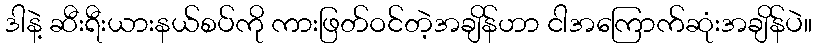
ဒါနဲ့ ဆီးရီးယားနယ်စပ်ကို ကားဖြတ်ဝင်တဲ့အချိန်ဟာ ငါအကြောက်ဆုံးအချိန်ပဲ။